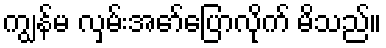
ကျွန်မ လှမ်းအော်ပြောလိုက် မိသည်။